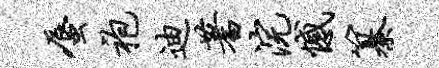
蜃袍迪蓍浣憾纂